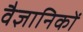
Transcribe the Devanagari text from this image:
वैज्ञानिकों